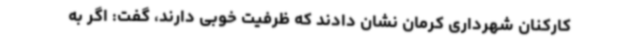
کارکنان شهرداری کرمان نشان دادند که ظرفیت خوبی دارند، گفت: اگر به